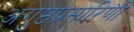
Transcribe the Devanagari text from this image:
अंगुष्ठप्रसारिणी